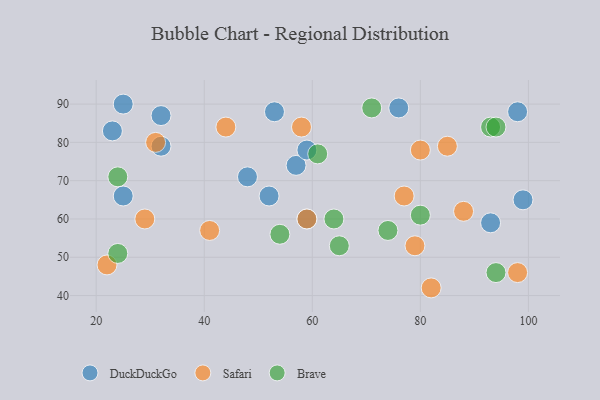
{"axis": {"x": "GDP", "y": "Life Expectancy"}, "legend": ["Brave", "DuckDuckGo", "Safari"], "data": [{"x": "98", "y": 88, "type": "DuckDuckGo"}, {"x": "23", "y": 83, "type": "DuckDuckGo"}, {"x": "53", "y": 88, "type": "DuckDuckGo"}, {"x": "52", "y": 66, "type": "DuckDuckGo"}, {"x": "99", "y": 65, "type": "DuckDuckGo"}, {"x": "32", "y": 87, "type": "DuckDuckGo"}, {"x": "25", "y": 90, "type": "DuckDuckGo"}, {"x": "48", "y": 71, "type": "DuckDuckGo"}, {"x": "76", "y": 89, "type": "DuckDuckGo"}, {"x": "93", "y": 59, "type": "DuckDuckGo"}, {"x": "25", "y": 66, "type": "DuckDuckGo"}, {"x": "57", "y": 74, "type": "DuckDuckGo"}, {"x": "32", "y": 79, "type": "DuckDuckGo"}, {"x": "59", "y": 78, "type": "DuckDuckGo"}, {"x": "59", "y": 60, "type": "DuckDuckGo"}, {"x": "88", "y": 62, "type": "Safari"}, {"x": "82", "y": 42, "type": "Safari"}, {"x": "41", "y": 57, "type": "Safari"}, {"x": "58", "y": 84, "type": "Safari"}, {"x": "77", "y": 66, "type": "Safari"}, {"x": "31", "y": 80, "type": "Safari"}, {"x": "22", "y": 48, "type": "Safari"}, {"x": "29", "y": 60, "type": "Safari"}, {"x": "79", "y": 53, "type": "Safari"}, {"x": "44", "y": 84, "type": "Safari"}, {"x": "98", "y": 46, "type": "Safari"}, {"x": "85", "y": 79, "type": "Safari"}, {"x": "80", "y": 78, "type": "Safari"}, {"x": "59", "y": 60, "type": "Safari"}, {"x": "93", "y": 84, "type": "Brave"}, {"x": "71", "y": 89, "type": "Brave"}, {"x": "65", "y": 53, "type": "Brave"}, {"x": "94", "y": 84, "type": "Brave"}, {"x": "61", "y": 77, "type": "Brave"}, {"x": "24", "y": 71, "type": "Brave"}, {"x": "64", "y": 60, "type": "Brave"}, {"x": "54", "y": 56, "type": "Brave"}, {"x": "74", "y": 57, "type": "Brave"}, {"x": "24", "y": 51, "type": "Brave"}, {"x": "94", "y": 46, "type": "Brave"}, {"x": "80", "y": 61, "type": "Brave"}]}